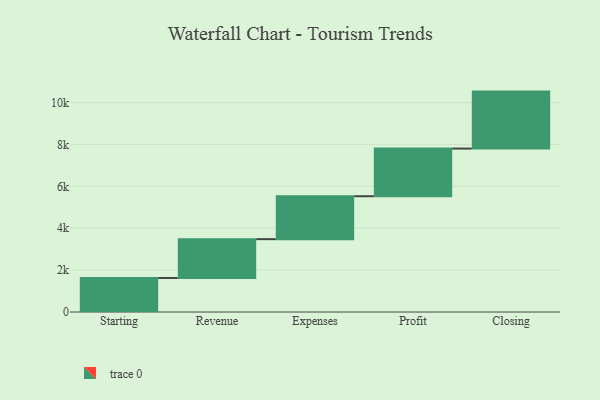
{"axis": {"x": "Step", "y": "Value"}, "legend": [""], "data": [{"x": "Starting", "y": 1622.0, "type": ""}, {"x": "Revenue", "y": 1856.0, "type": ""}, {"x": "Expenses", "y": 2049.0, "type": ""}, {"x": "Profit", "y": 2276.0, "type": ""}, {"x": "Closing", "y": 2720.0, "type": ""}]}